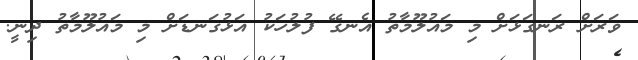
ވަރަށް ރަނގަޅަށް މި މައުލޫމާތު އެނގޭ ފުލުހަކު އަޅުގަނޑަށް މި މައުލޫމާތު ދިނީ.